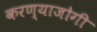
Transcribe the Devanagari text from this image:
करण्‍याजोगी